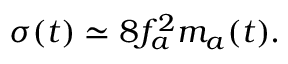
\sigma ( t ) \simeq 8 f _ { a } ^ { 2 } m _ { a } ( t ) .